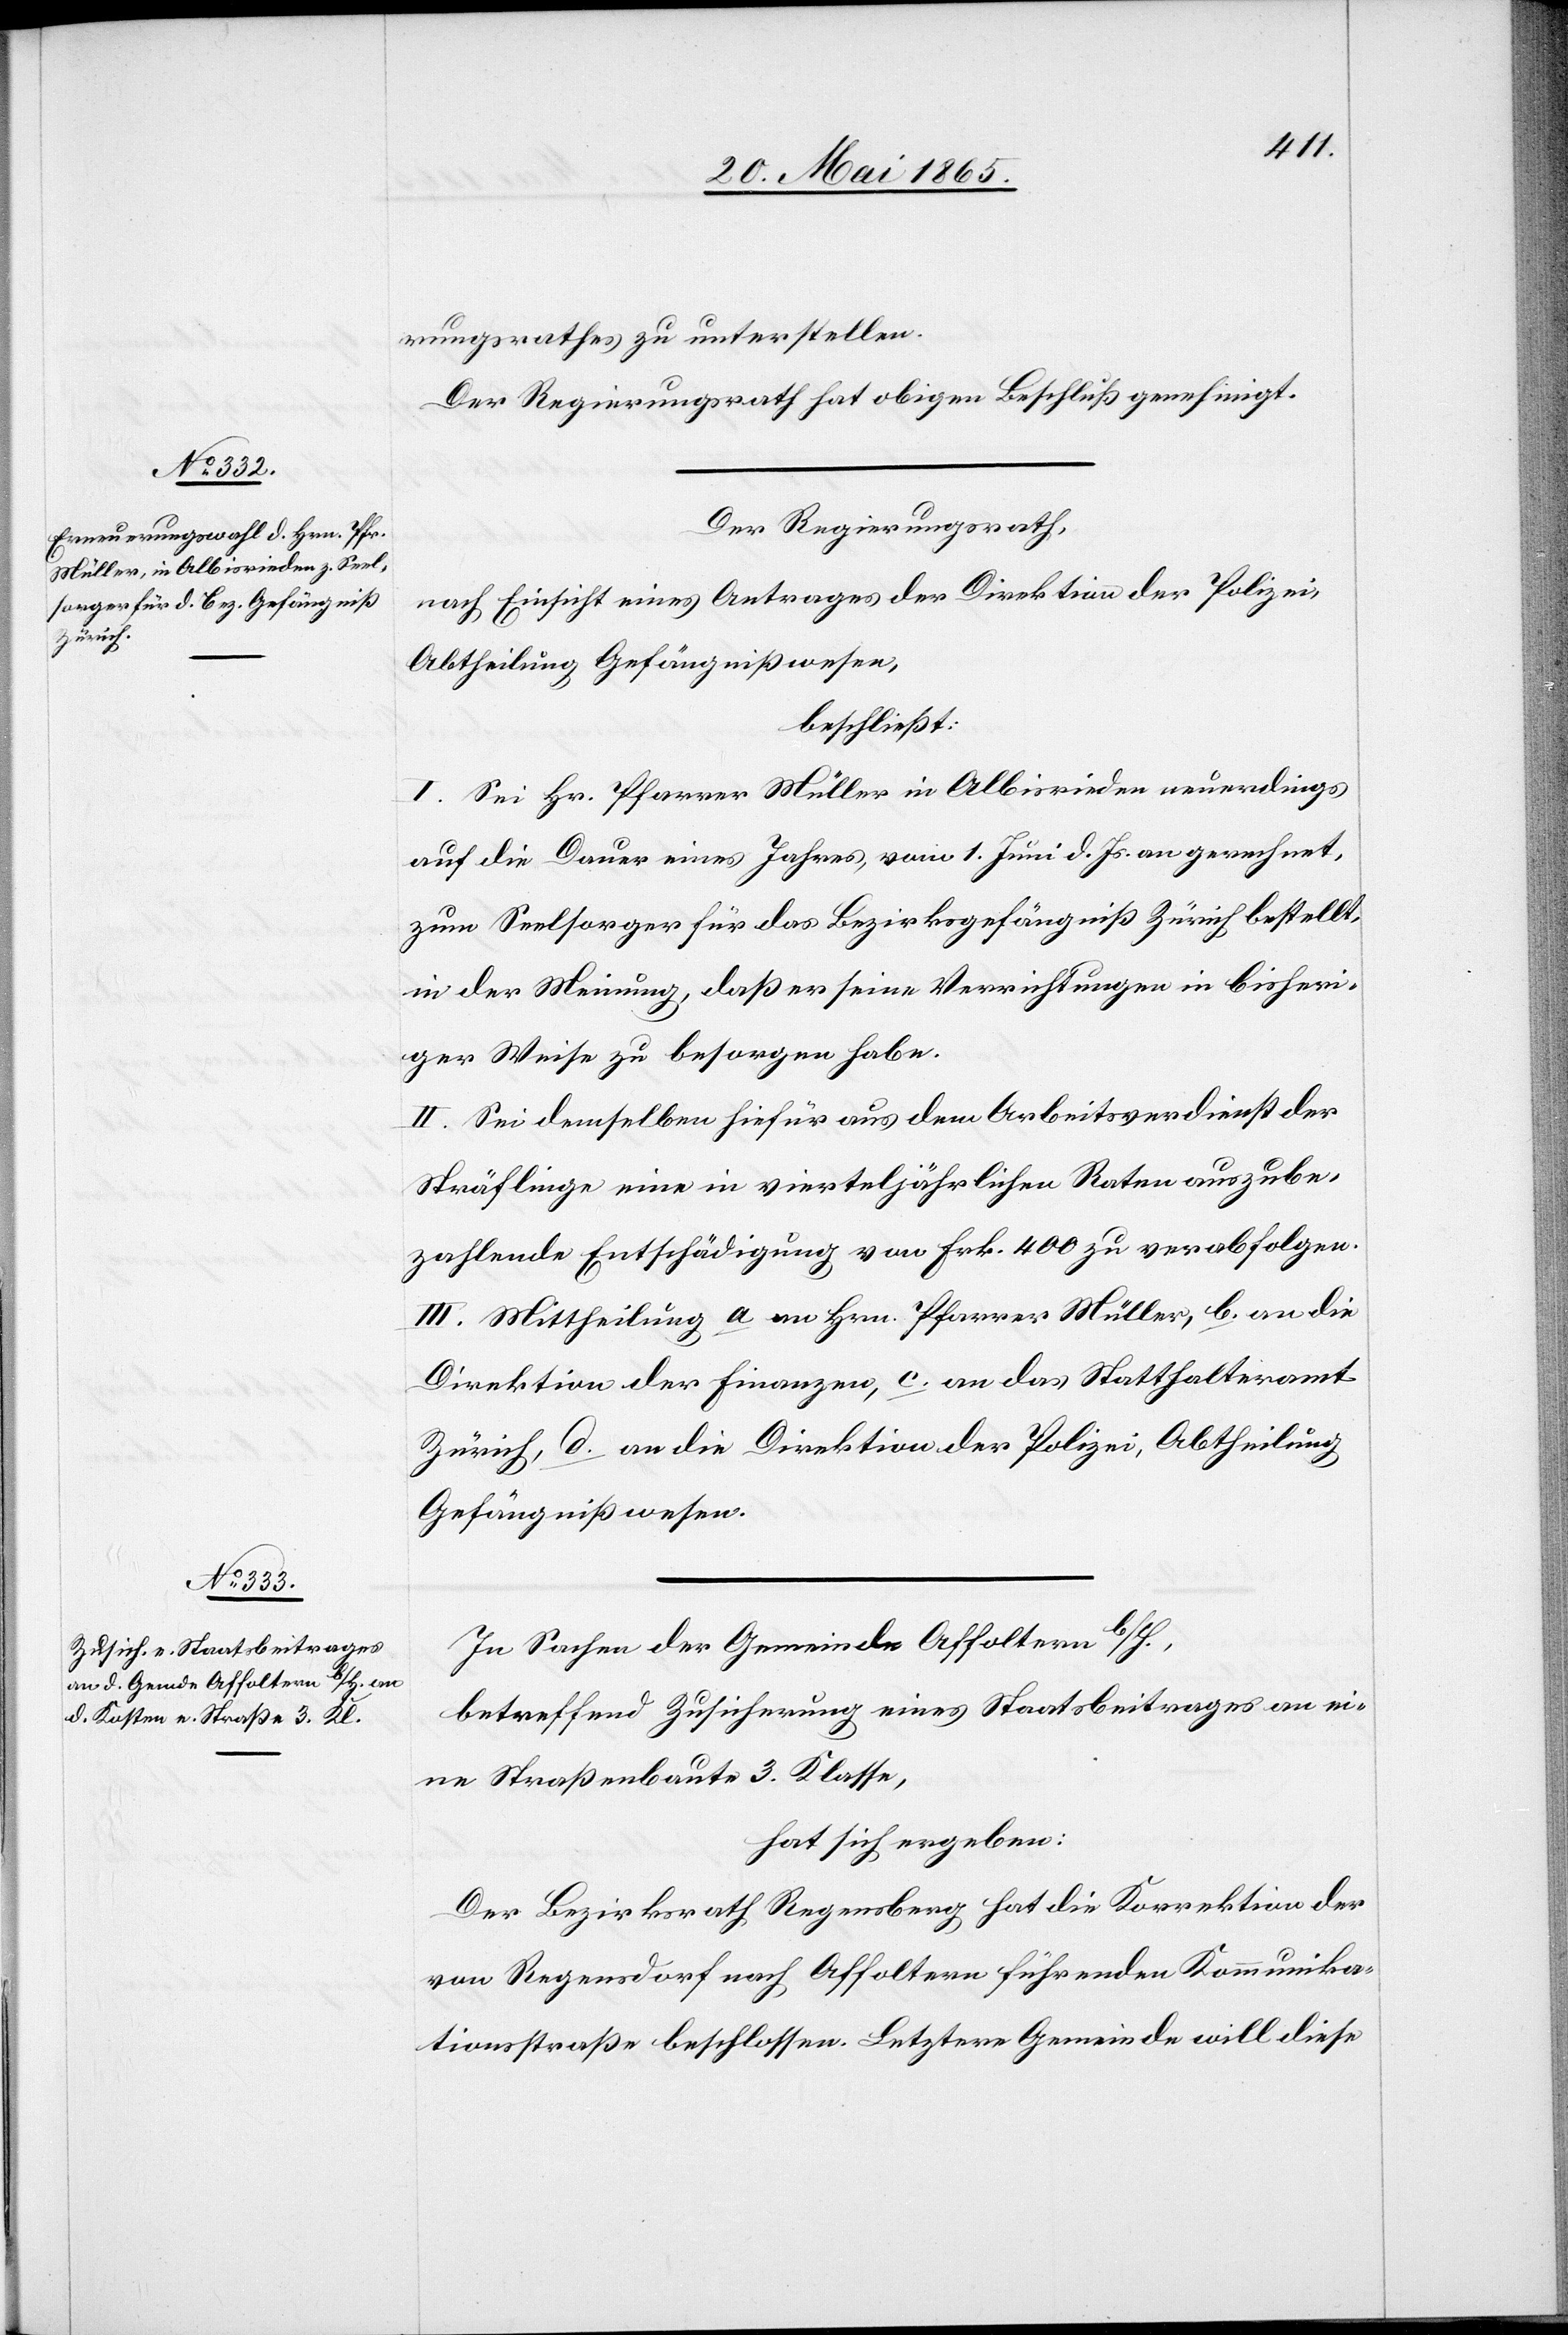
rungsrathes zu unterstellen.
Der Regierungsrath hat obigen Beschluß genehmigt.
Der Regierungsrath,
nach Einsicht eines Antrages der Direktion der Polizei,
Abtheilung Gefängnißwesen,
beschließt:
I. Sei Hr. Pfarrer Müller in Albisrieden neuerdings
auf die Dauer eines Jahres, vom 1. Juni d. Js. an gerechnet,
zum Seelsorger für das Bezirksgefängniß Zürich bestellt,
in der Meinung, daß er seine Verrichtungen in bisheri¬
ger Weise zu besorgen habe.
II. Sei demselben hiefür aus dem Arbeitsverdienst der
Sträflinge eine in vierteljährlichen Raten auszube¬
zahlende Entschädigung von Frk. 400 zu verabfolgen.
III. Mittheilung a an Hrn. Pfarrer Müller, b. an die
Direktion der Finanzen, c. an das Statthalteramt
Zürich, d. an die Direktion der Polizei, Abtheilung
Gefängnißwesen.
In Sachen der Gemeinde Affoltern b/H.,
betreffend Zusicherung eines Staatsbeitrages an ei¬
ne Straßenbaute 3. Klasse,
hat sich ergeben:
Der Bezirksrath Regensberg hat die Korrektion der
von Regensdorf nach Affoltern führenden Kommunika¬
tionsstraße beschlossen. Letztere Gemeinde will diese